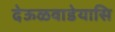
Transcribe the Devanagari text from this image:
देऊळवाडेयासि